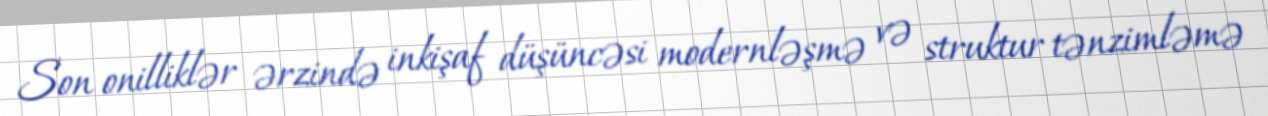
Son onilliklər ərzində inkişaf düşüncəsi modernləşmə və struktur tənzimləmə